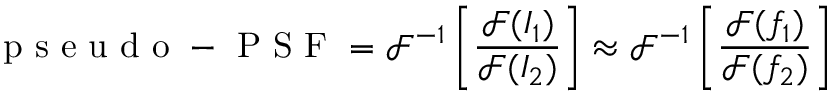
\mathrm { ~ p ~ s ~ e ~ u ~ d ~ o ~ - ~ P ~ S ~ F ~ } = \mathcal { F } ^ { - 1 } \left[ \frac { \mathcal { F } ( I _ { 1 } ) } { \mathcal { F } ( I _ { 2 } ) } \right] \approx \mathcal { F } ^ { - 1 } \left[ \frac { \mathcal { F } ( f _ { 1 } ) } { \mathcal { F } ( f _ { 2 } ) } \right]